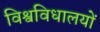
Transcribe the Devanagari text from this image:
विश्वविधालयों